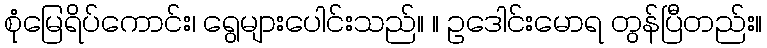
စုံမြေရိပ်ကောင်း၊ ရွေများပေါင်းသည်။ ။ ဥဒေါင်းမောရ တွန်ပြီတည်း။